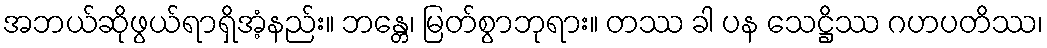
အဘယ်ဆိုဖွယ်ရာရှိအံ့နည်း။ ဘန္တေ၊ မြတ်စွာဘုရား။ တဿ ခါ ပန သေဋ္ဌိဿ ဂဟပတိဿ၊